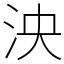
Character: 泱